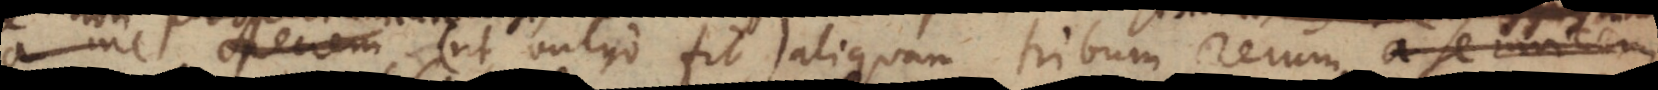
per speciem (ut vulgo fit), aliquam tribum rerum a se